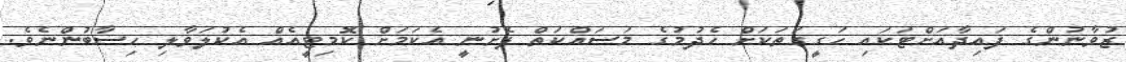
ޒުވާނުންގެ ފައިދާއަށްޓަކައި ހަގީގަތަކަށް ހެދުމުގެ މަސައްކަތް ފެށުނީ އެކަމަށް ކޮމިޓީއެއް އެކުލަވާލި ހިސާބުންނެވެ.